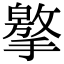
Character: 𢶡